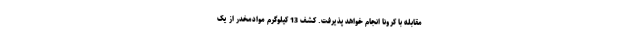
مقابله با کرونا انجام خواهد پذیرفت. کشف 13 کیلوگرم موادمخدر از یک